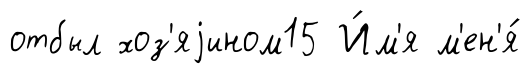
отбыл хоз'яjином15 И́м'я м'ен'я́